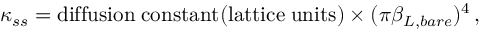
\kappa _ { s s } = \mathrm { d i f f u s i o n \; c o n s t a n t } ( \mathrm { l a t t i c e \; u n i t s } ) \times ( \pi \beta _ { L , b a r e } ) ^ { 4 } \, ,